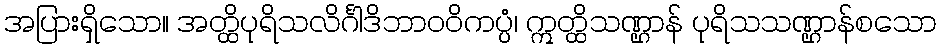
အပြားရှိသော။ အတ္ထိပုရိသလိင်္ဂါဒိဘာဝဝိကပ္ပံ၊ ဣတ္ထိသဏ္ဌာန် ပုရိသသဏ္ဌာန်စသော